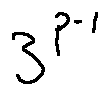
3 ^ { p - 1 }